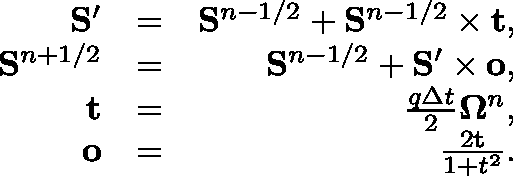
\begin{array} { r l r } { \mathbf { S } ^ { \prime } } & { = } & { \mathbf { S } ^ { n - 1 / 2 } + \mathbf { S } ^ { n - 1 / 2 } \times \mathbf { t } , } \\ { \mathbf { S } ^ { n + 1 / 2 } } & { = } & { \mathbf { S } ^ { n - 1 / 2 } + \mathbf { S } ^ { \prime } \times \mathbf { o } , } \\ { \mathbf { t } } & { = } & { \frac { q \Delta t } { 2 } \mathbf { \Omega } ^ { n } , } \\ { \mathbf { o } } & { = } & { \frac { 2 \mathbf { t } } { 1 + t ^ { 2 } } . } \end{array}